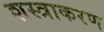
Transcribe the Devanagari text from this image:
शस्त्राकरण